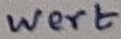
Text: Wert